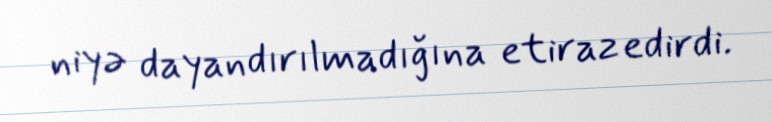
niyə dayandırılmadığına etiraz edirdi.